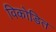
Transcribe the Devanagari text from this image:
विकोडित